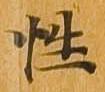
性